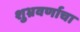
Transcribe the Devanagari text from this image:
शुभ्रवर्णाचा